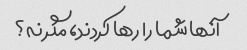
آنها شما را رها کردند، مگر نه؟